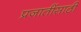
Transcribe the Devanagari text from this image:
प्रजातींसाठी